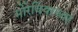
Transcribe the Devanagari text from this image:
मोरेवियाच्या